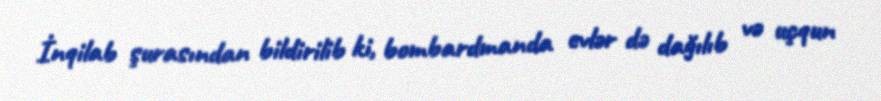
İnqilab şurasından bildirilib ki, bombardmanda evlər də dağılıb və uçqun